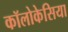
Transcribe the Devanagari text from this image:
कॉलोकेसिया